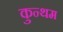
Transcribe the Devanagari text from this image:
कुन्थम